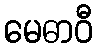
မေဓာဝီ